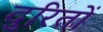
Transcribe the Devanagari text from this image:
दुरितों